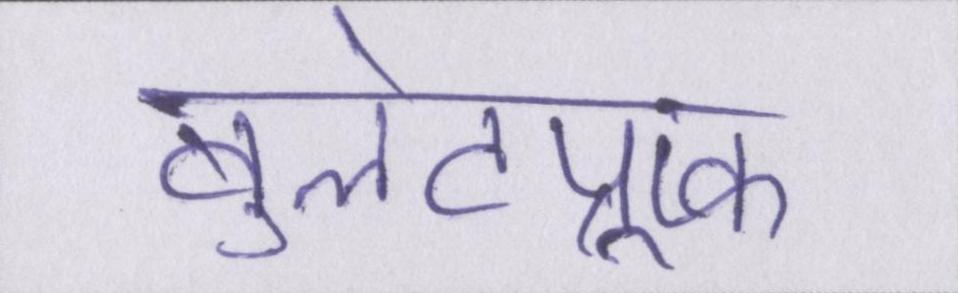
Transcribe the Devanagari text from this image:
बुलेटप्रूफ